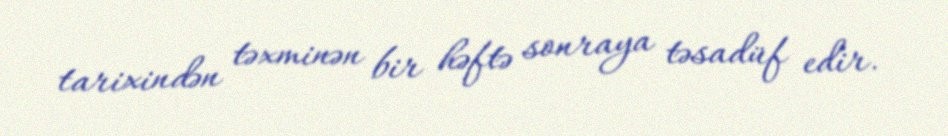
tarixindən təxminən bir həftə sonraya təsadüf edir.